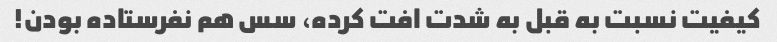
کیفیت نسبت به قبل به شدت افت کرده، سس هم نفرستاده بودن!